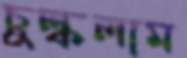
চুল্‌কলাম